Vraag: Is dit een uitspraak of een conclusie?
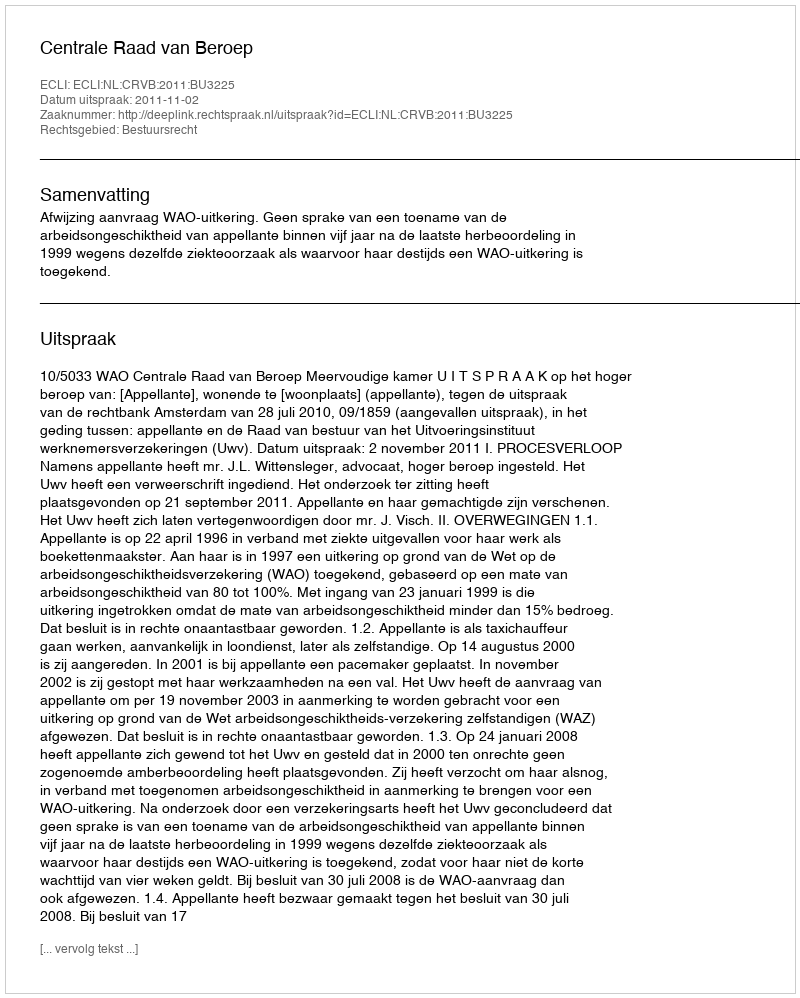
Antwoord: Uitspraak